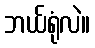
ဘယ်ရုံလဲ။